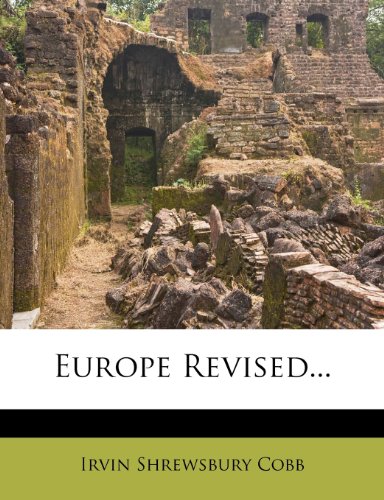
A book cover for Europe Revised...; Irvin Shrewsbury Cobb; Crafts, Hobbies & Home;